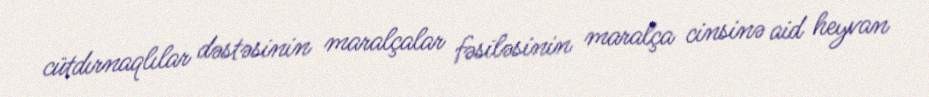
cütdırnaqlılar dəstəsinin maralçalar fəsiləsinin maralça cinsinə aid heyvan